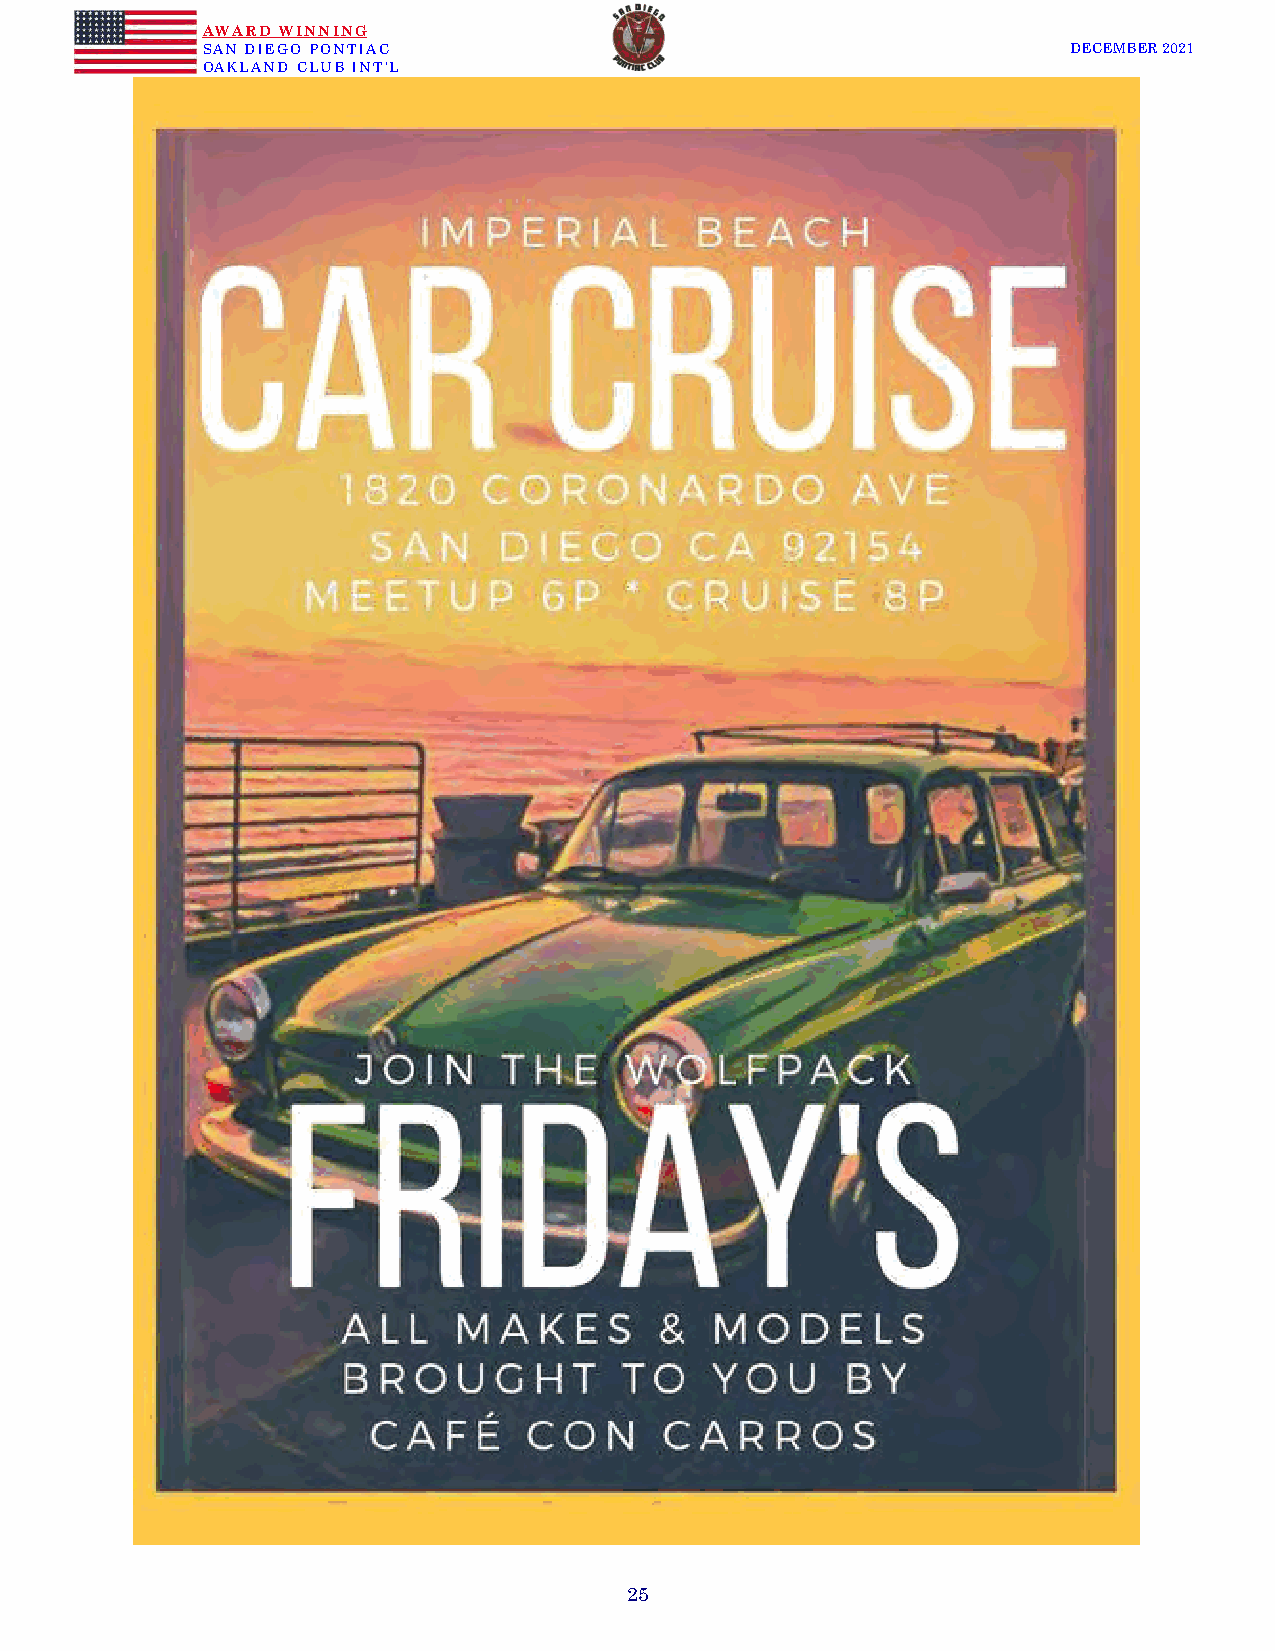
AWARD WINNING
 SAN DIEGO PONTIAC                                         DECEMBER 2021
 OAKLAND CLUB INT’L
 25